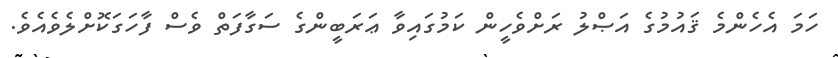
ހަމަ އެހެންމެ ޤައުމުގެ އަޞްލު ރަށްވެހީން ކަމުގައިވާ ޢަރަބީންގެ ސަގާފަތް ވެސް ފާހަގަކޮށްލެވެއެވެ.